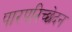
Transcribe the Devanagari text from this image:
पारपरिच्छेदन